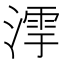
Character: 𣼻